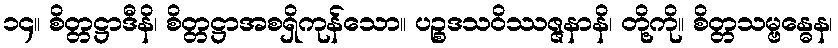
၁၄။ စိတ္တဋ္ဌာဒီနိ၊ စိတ္တဋ္ဌာအစရှိကုန်သော။ ပဉ္စဒသဝိဿဇ္ဇနာနိ၊ တို့ကို။ စိတ္တသမ္ဗန္ဓေန၊